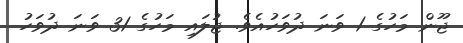
ޖޫން މަހުގެ 1 ވަނަ ދުވަހުއެވެ. ޖުލައި މަހުގެ 31 ވަނަ ދުވަހު